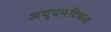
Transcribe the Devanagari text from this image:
अय्यनटिकल